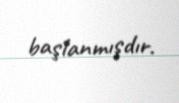
başlanmışdır.